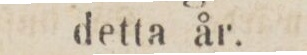
detta år.